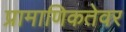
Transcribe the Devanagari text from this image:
प्रामाणिकतेवर